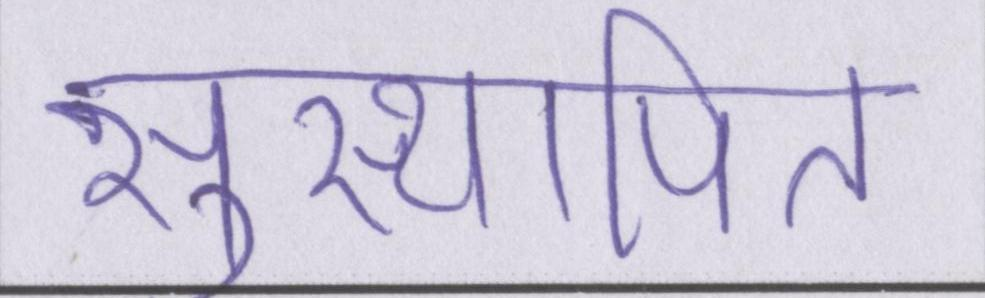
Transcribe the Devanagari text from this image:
सुस्थापित